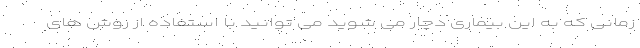
زمانی که به این بیماری دچار می شوید می توانید با استفاده از روش های